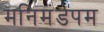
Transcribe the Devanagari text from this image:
मनिमंडपम